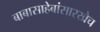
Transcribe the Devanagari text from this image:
बाबासाहेबांसारखेच